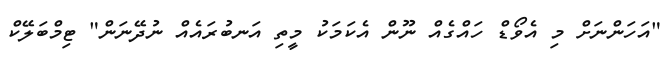
"އަހަންނަށް މި އެވޯޑް ހައްގެއް ނޫން އެކަމަކު މީތި އަނބުރައެއް ނުދޭނަން" ޓިމްބަލޭކް